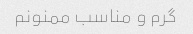
گرم و مناسب ممنونم